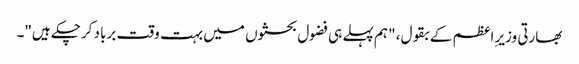
بھارتی وزیرِ اعظم کے بقول، "ہم پہلے ہی فضول بحثوں میں بہت وقت برباد کرچکے ہیں"۔